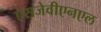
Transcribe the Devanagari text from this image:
एसजेवीएनएल